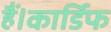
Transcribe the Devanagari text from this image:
हैं।कार्डिफ